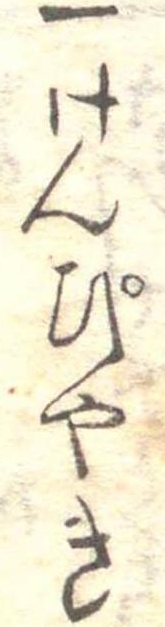
一けんぴやき